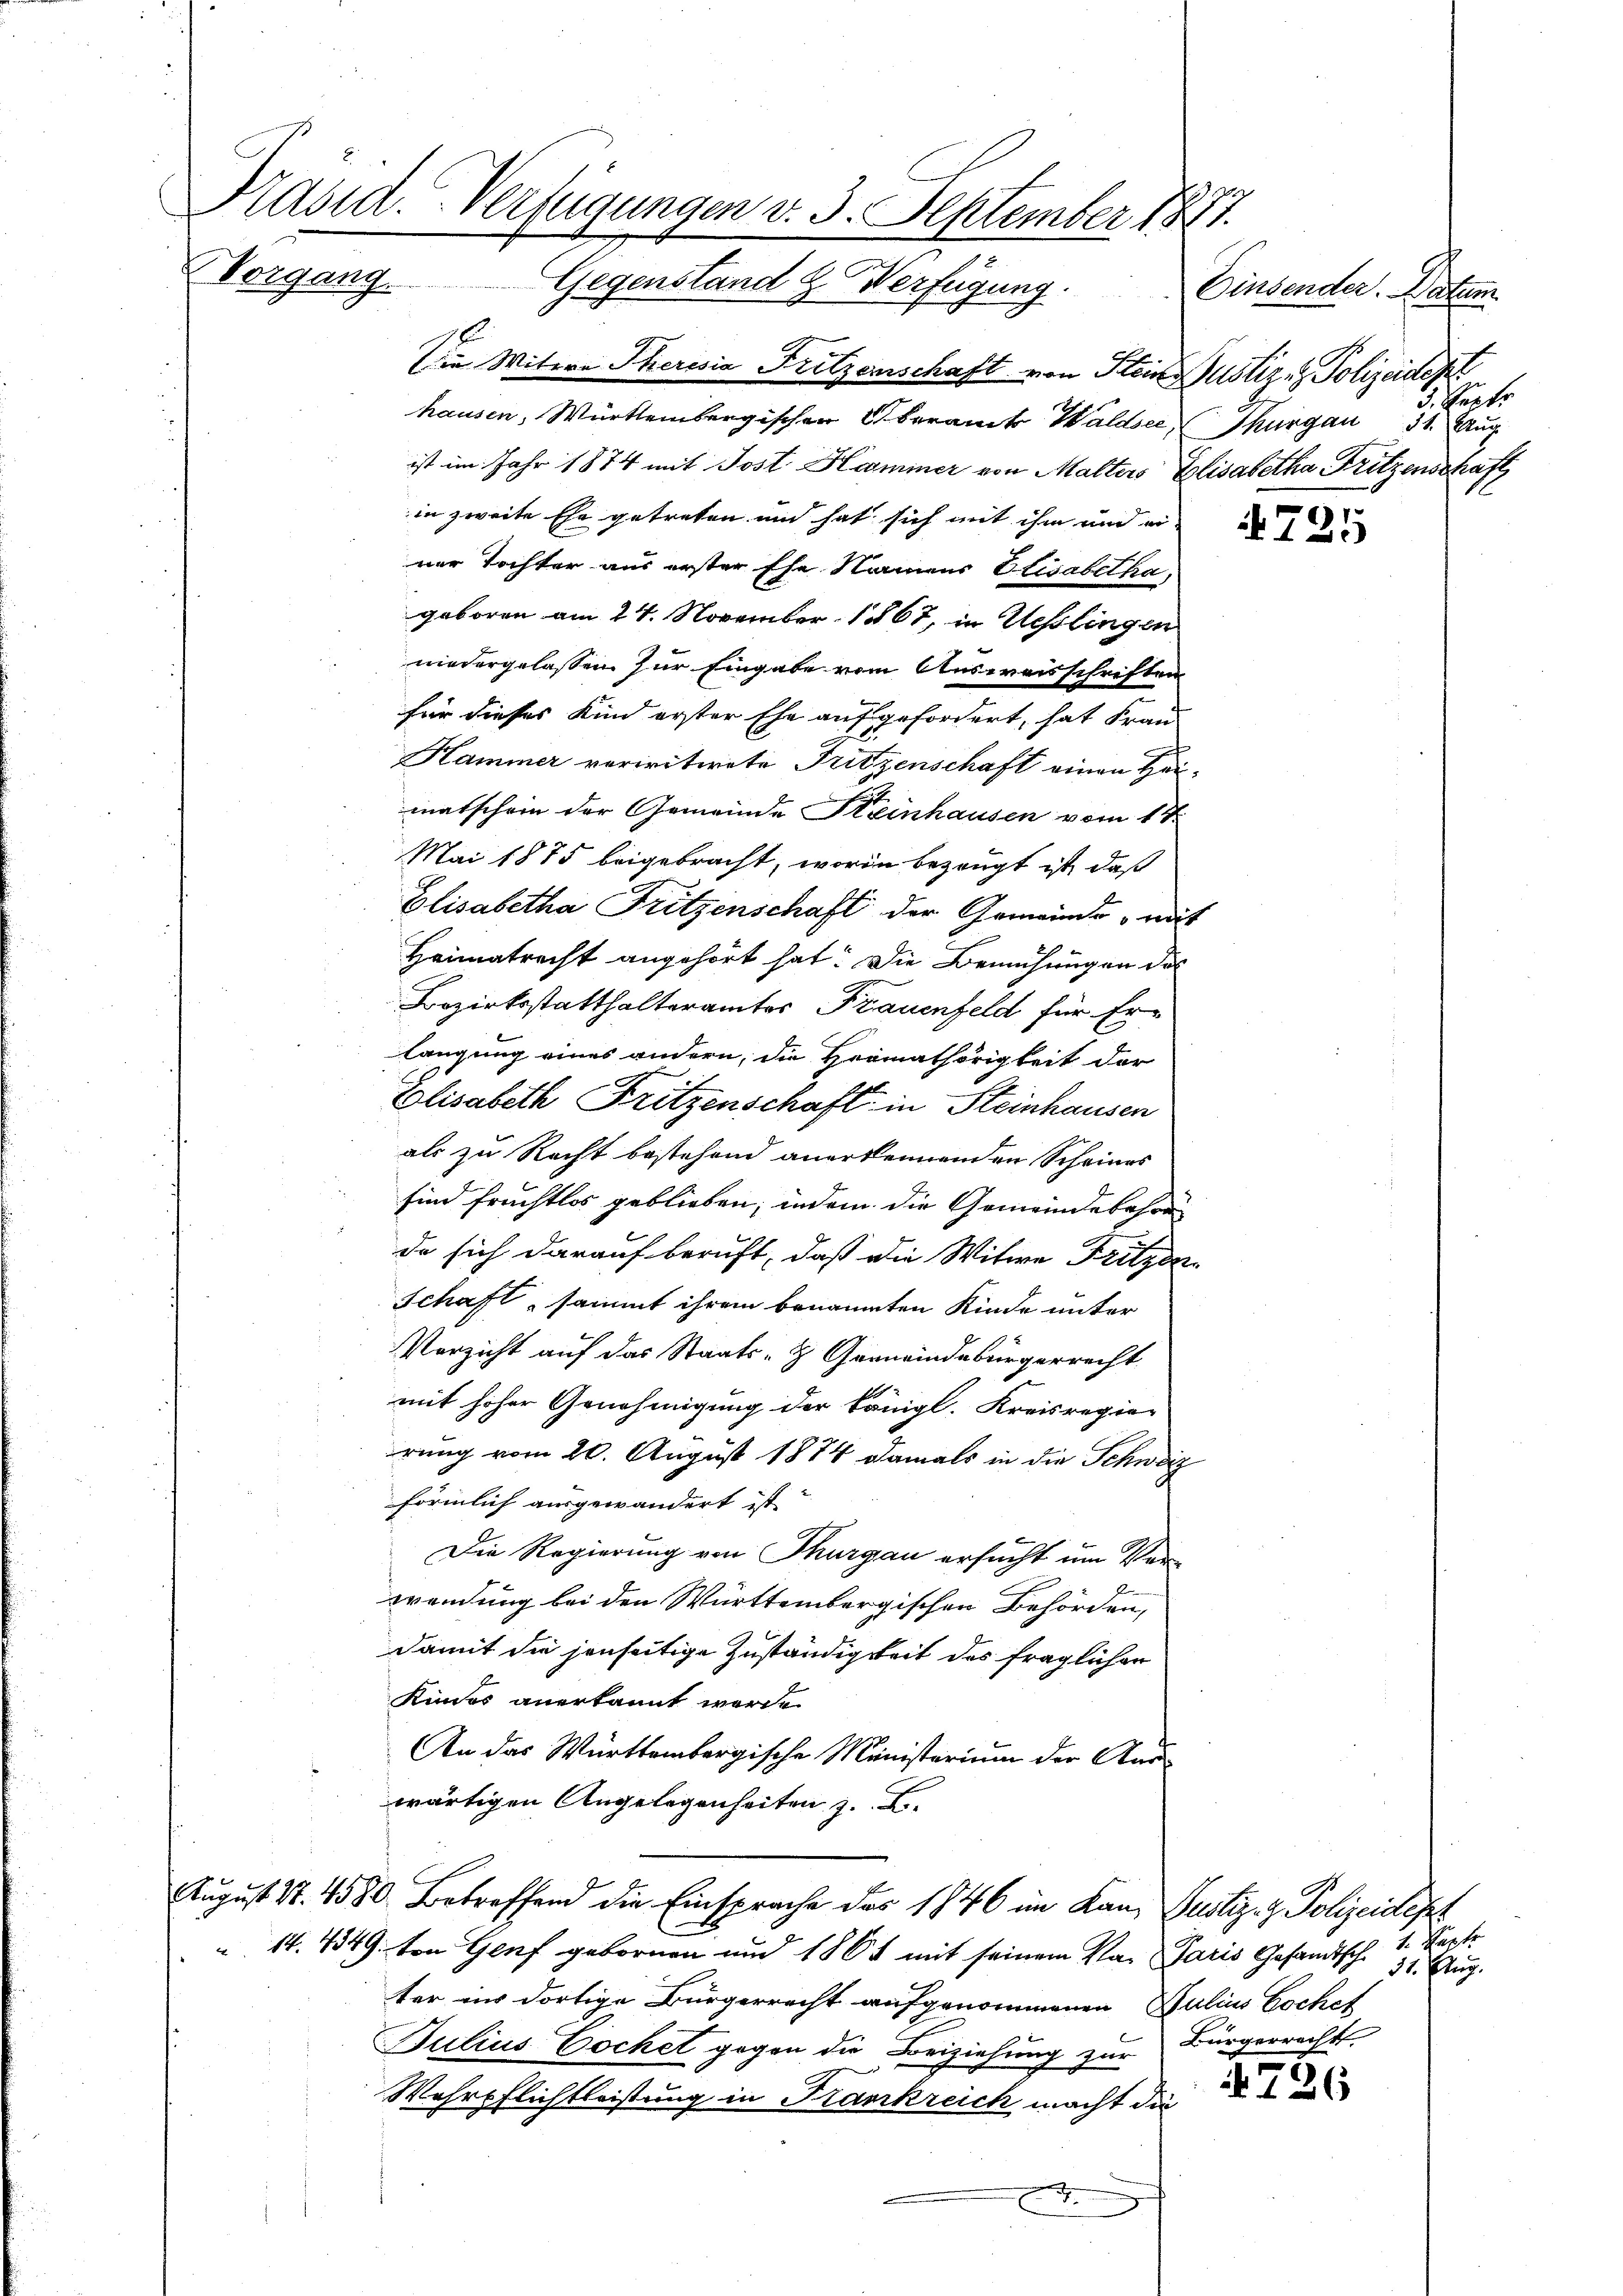
Präsid. Verfügungen v. 3. September 1877.
Vorgang. Gegenstand & Verfügung. Einsender. Datum

Die Witwe Theresia Fritzenschaft von Hein
hausen, Württembergischen Oberamt Waldsee,
ist im Jahr 1874 mit Post Hominer von Malters
in zweite Ehe getreten und hat sich mit ihm und ei
ner Tochter aus erster Ehe Namens Elisabetha,
geboren am 24. November 1867, in Uesslingen
niedergelassen zur Eingabe vom Ausweisschriften
für dieses Kind erster Ehe aufgefordert, hat Frau
Hammer veriritirete Fritzenschaft einen Hei
matschein der Gemeinde Steinhausen vom 1te
Mai 1875 beigebracht, worin bezeugt ist, daß
Elisabetha Fritzenschaft der Gemeinde ndi-
Heimatrecht angehört hat. Die Bemühungen des
Bezirksstatthalteramtes Frauenfeld für Erlangung eines andern, die Heimathörigkeit der
Elisabeth Fritzenschaft in Steinhausen
als zu Recht bestehend anerkennenden Scheines
sind fruchtlos geblieben; indem die Gemeindebahre
de sich darauf beruft, daß die Witwe Fritzer
Schaft, sammt ihrem benannten Kinde unter
Verzicht auf das Staats- & Gemeindebürgerrecht
mit hoher Genehmigung der königl. Kreisregier
rung vom 20. August 1874 damals in die Schweiz
förmlich ausgewandert ist.
Die Regierung von Thurgau ersucht um Verwendung bei den Württembergischen Behörden,
damit die jenseitige Zuständigkeit des fraglichen
Kindes anerkannt wurde.
An das Württembergische Ministerium der Ang
wärtigen Angelegenheiten z. B.
August S. 4580 Betreffend die Einsprache der 1846 im Kan Justiz- & Polizeidept
 14. 4349. von Genf gebornen und 1864 mit seinem Va. Paris Gesandtsche 31 Aug.
ter in dortige Bürgerrecht aufgenommenen Julius Lochet
Julius Lochet gegen die Beiziehung zur Bürgerrechts-
Wehrpflichtleistung in Krankreich macht die
.

Justiz & Polizeidigt
3. Septe
Thurgau 31. Aug
Elisabetha Fritzenschaft

725

1. Sept

726